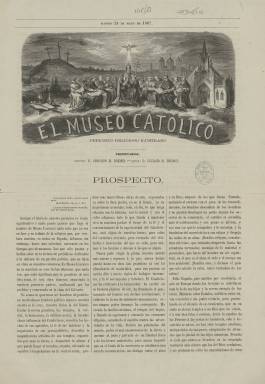
Título: El Museo católico
Colección: Religión
Ámbito geográfico: Madrid
Lugar de publicación: Madrid
Fechas: 24/05/1867-24/05/1867